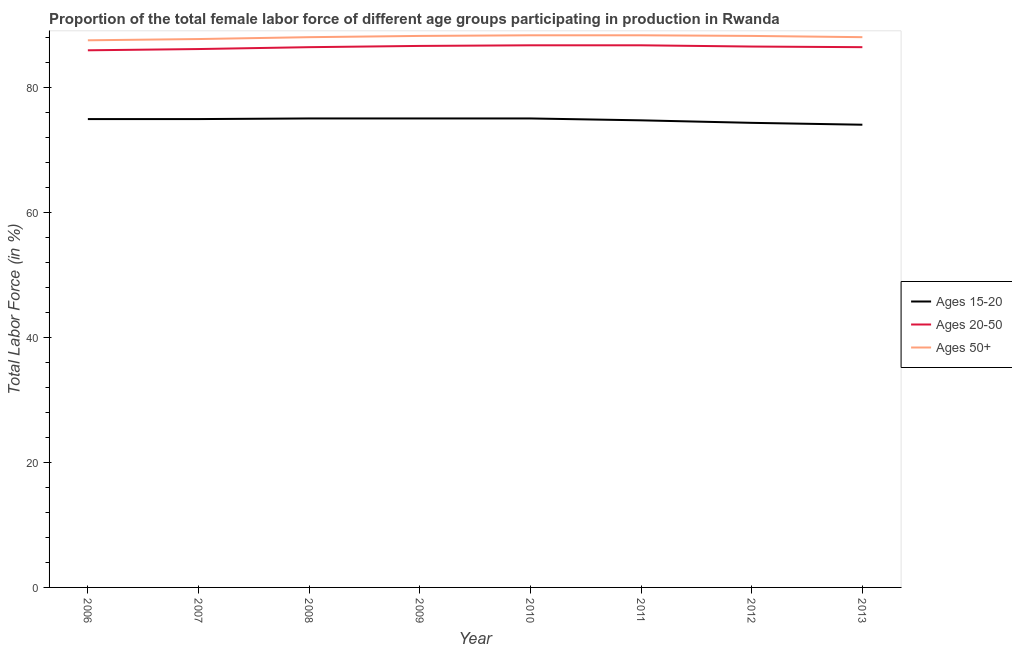
| Year | Ages 15-20 | Ages 20-50 | Ages 50+ |
 | --- | --- | --- | --- |
 | 2006 | 74.9 | 85.9 | 87.5 |
 | 2007 | 74.9 | 86.1 | 87.7 |
 | 2008 | 75 | 86.4 | 88 |
 | 2009 | 75 | 86.6 | 88.2 |
 | 2010 | 75 | 86.7 | 88.3 |
 | 2011 | 74.7 | 86.7 | 88.3 |
 | 2012 | 74.3 | 86.5 | 88.2 |
 | 2013 | 74 | 86.4 | 88 |